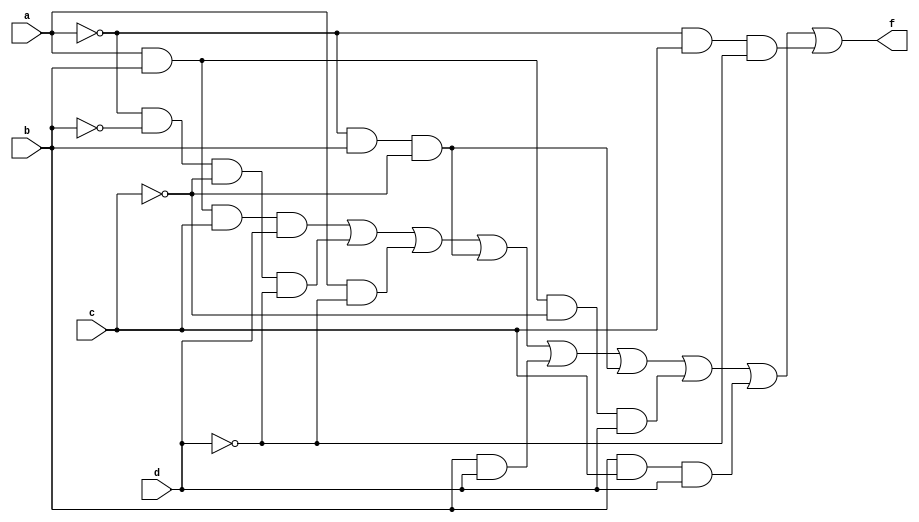
`timescale 1ns / 1ps
//////////////////////////////////////////////////////////////////////////////////
// Company: 
// Engineer: 
// 
// Design Name: 
// Module Name: funny
// Project Name: 
// Target Devices: 
// Tool Versions: 
// Description: 
// 
// Dependencies: 
// 
// Revision:
// Revision 0.01 - File Created
// Additional Comments:
// 
//////////////////////////////////////////////////////////////////////////////////


module struct_funny(a,b,c,d,f);
    input a, b, c, d;
    output f;
    wire a0, a1, a2, a3, a4, a5, a6, a7, a8;
    
    and A0(a0,a,b,c,d);
    and A1(a1,~a,~b,~c,~d);
    and A2(a2,a,~d);
    and A3(a3,~a,b,~c);
    and A4(a4,b,d);
    and A5(a5,~a,b,~c);
    and A6(a6,a,b,~c,d);
    and A7(a7,b,c,d);
    and A8(a8,~a,c,~d);
    or O(f, a0,a1,a2,a3,a4,a5,a6,a7,a8);
    
endmodule


module df_funny(a,b,c,d,f);
    input a, b, c, d;
    output f;
    wire a0, a1, a2, a3, a4, a5, a6, a7, a8;
    
    assign a0 = a & b & c & d;
    assign a1 = ~a & ~b & ~c & ~d;
    assign a2 = a & ~d;
    assign a3 = ~a & b & ~c; 
    assign a4 = b & d;
    assign a5 = ~a & b & ~c;
    assign a6 = a & b & ~c & d;
    assign a7 = b & c & d;
    assign a8 = ~a & c & ~d;
    assign f = a0 | a1 | a2 | a3 | a4 | a5 | a6  | a7 | a8;
    
endmodule

module simp_funny(b,d,f);
    input b,d;
    output f;
    
    or(f,b,~d);
    
endmodule

module BDD(a,b,f0, f1, f2,f3, f4, f5);
    input a, b;
    output f0, f1, f2, f3, f4, f5;
    
    and(f0, a, b);
    or(f1, a, b);
    xor(f2, a, b);
    nand(f3, a, b);
    nor(f4, a, b);
    xnor(f5, a, b);
    
endmodule

module funny_tb;
    reg a_in, b_in, c_in, d_in;
    wire f_out, f2_out, f3_out;
    reg [4:0] vec; 
    
    reg a, b;
    wire f0, f1, f2, f3, f4, f5;
    reg [3:0] vec1;
    
    struct_funny U(a_in, b_in, c_in, d_in, f_out);
    df_funny V(a_in, b_in, c_in, d_in, f2_out);
    simp_funny W(b_in,d_in,f3_out);
    BDD H(a, b, f0, f1, f2, f3, f4, f5);
    
    initial
    begin 
        $display("            Input:                    Output:");
        for (vec = 0; vec < 16; vec = vec + 1)
            begin 
                {a_in, b_in, c_in, d_in} = vec;
                #5 $display("a, b, c, d = %b%b%b%b", a_in, b_in, c_in, d_in," f_out, f2_out, f3_out = %b%b%b", f_out, f2_out, f3_out);
            end
            
         for(vec1 = 0; vec1 < 4; vec1 = vec1 +1)
            begin 
                {a, b} = vec1;
                #5;
                $display("a,b = %b%b", a,b, " and  gate output f0 = %b",f0);
                $display("a,b = %b%b", a,b, " or   gate output f1 = %b",f1);
                $display("a,b = %b%b", a,b, " xor  gate output f2 = %b",f2);
                $display("a,b = %b%b", a,b, " nand gate output f3 = %b",f3);
                $display("a,b = %b%b", a,b, " nor  gate output f4 = %b",f4);
                $display("a,b = %b%b", a,b, " xnor gate output f5 = %b",f5);
            end
    end 
    
endmodule